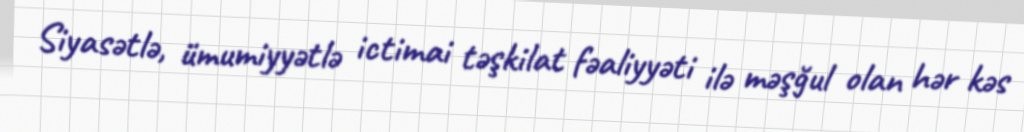
Siyasətlə, ümumiyyətlə ictimai təşkilat fəaliyyəti ilə məşğul olan hər kəs